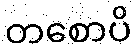
တစောပိ